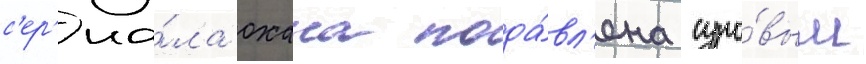
с'ер'иа́ла охана пода́вл'ена суро́вым